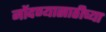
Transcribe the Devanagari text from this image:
नोंदण्यासाठीच्या